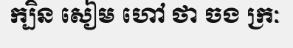
ក្បិន សៀម ហៅ ថា ចង ក្រៈ